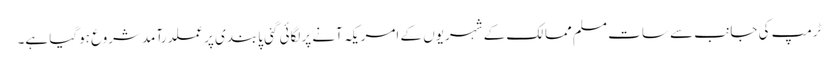
ٹرمپ کی جانب سے سات مسلم ممالک کے شہریوں کے امریکہ آنے پرلگائی گئی پابندی پرعملدرآمدشروع ہوگیا ہے۔